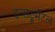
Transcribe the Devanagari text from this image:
इन्सट्रूमेंटल